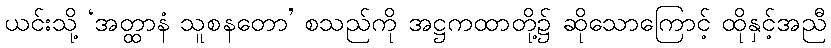
ယင်းသို့ ‘အတ္ထာနံ သူစနတော’ စသည်ကို အဋ္ဌကထာတို့၌ ဆိုသောကြောင့် ထိုနှင့်အညီ